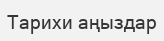
Тарихи аңыздар